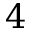
4